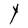
Character: Y